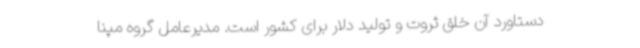
دستاورد آن خلق ثروت و تولید دلار برای کشور است. مدیرعامل گروه مپنا